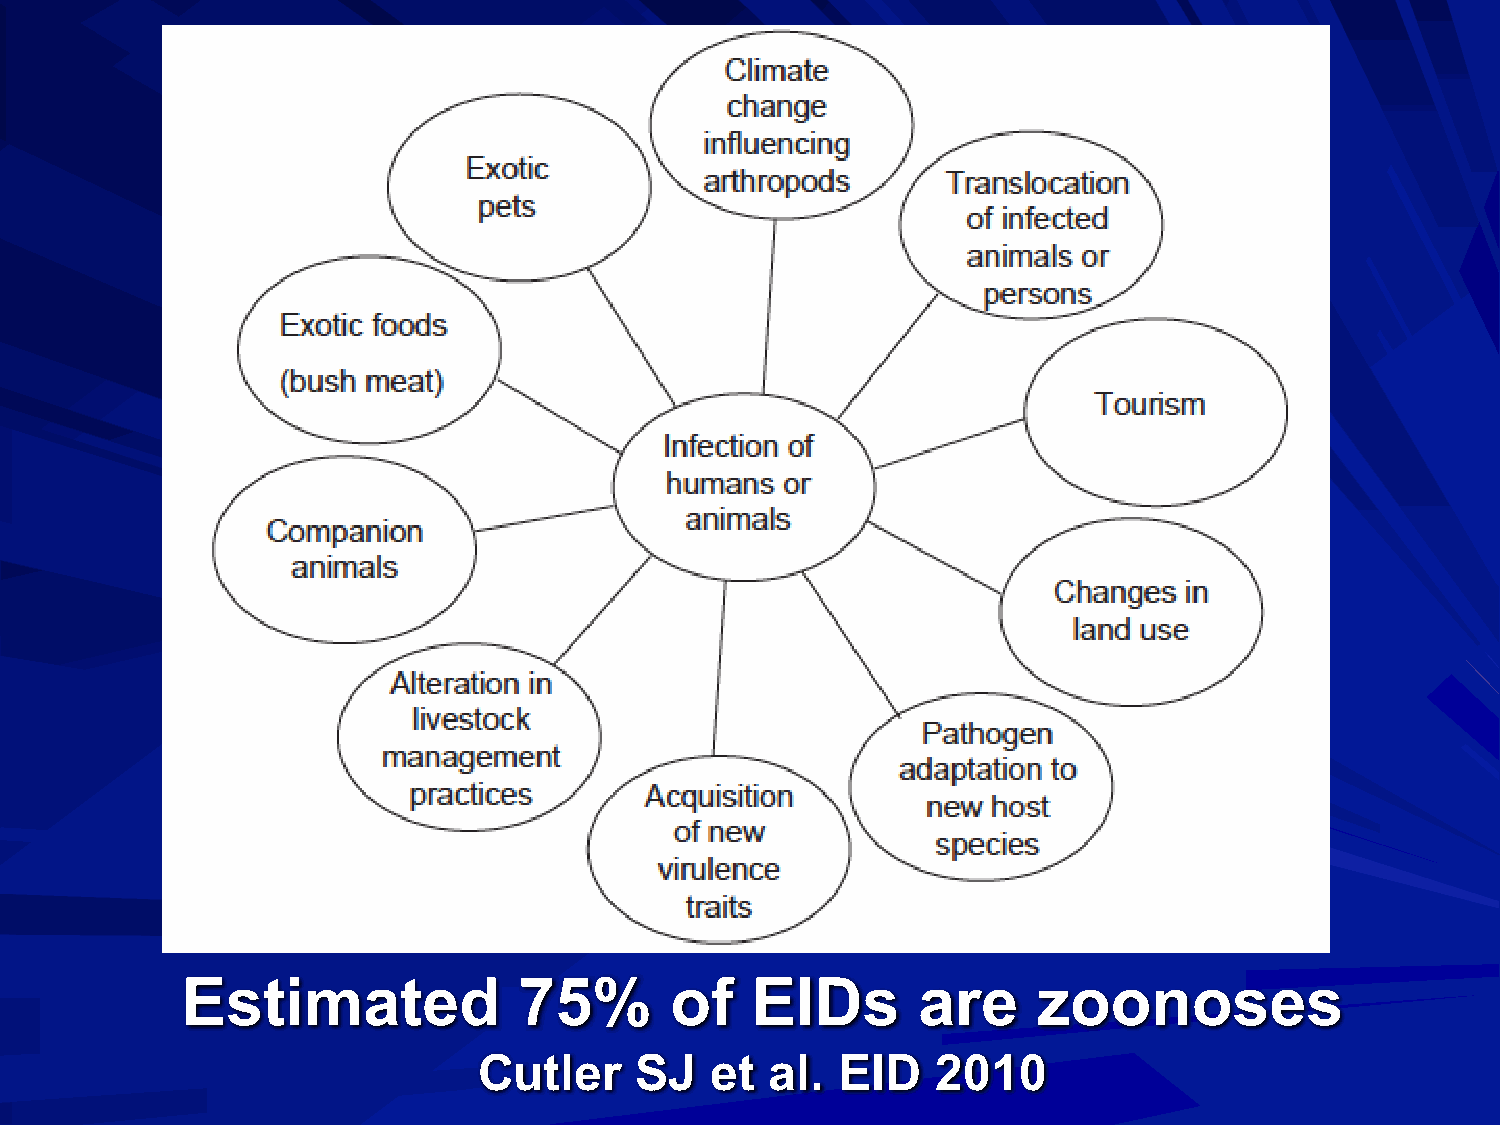
Estimated             75%       of    EIDs       are     zoonoses
 Cutler    SJ   et  al.  EID   2010